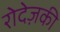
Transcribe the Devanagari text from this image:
रोदेज़की